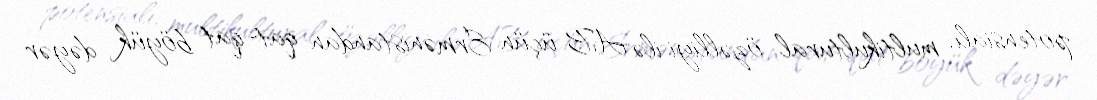
potensialı, multikultural özəlliyi ilə AB üçün Ermənistandan qat-qat böyük dəyər